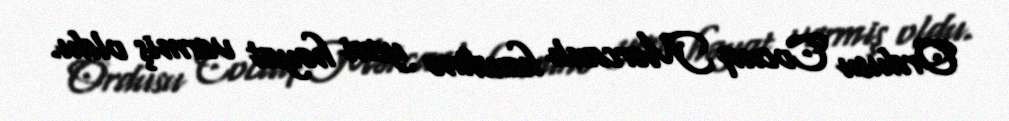
Ordusu Cocuq Mərcanlı kəndinə yeni həyat vermiş oldu.